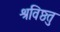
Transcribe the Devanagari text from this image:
श्रविष्ठतु